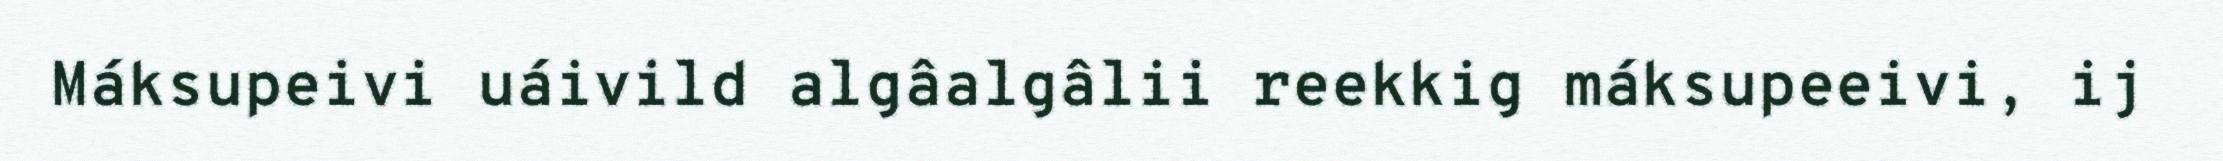
Máksupeivi uáivild algâalgâlii reekkig máksupeeivi, ij